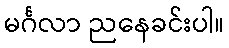
မင်္ဂလာ ညနေခင်းပါ။